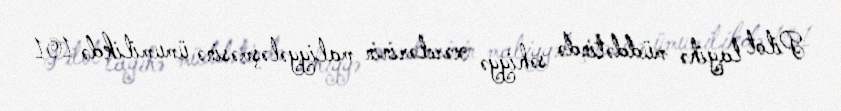
Pilot layihə müddətində səhiyyə xərclərinin maliyyələşməsinə ümumilikdə 101